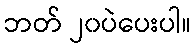
ဘတ် ၂၀ပဲပေးပါ။